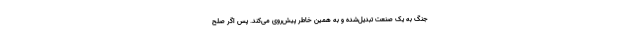
جنگ به یک صنعت تبدیل‌شده و به همین خاطر پیش‌روی می‌کند. پس اگر صلح